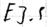
Text: E3.5